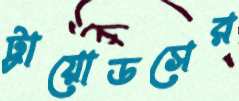
ট্রায়োডসের